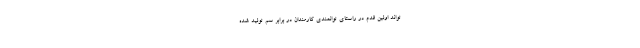
‌تواند اولین قدم در راستای توانمندی کارمندان در برابر سم تولید شده